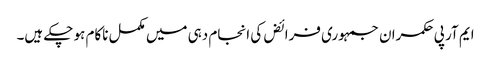
ایم آر پی	حکمران جمہوری فرائض کی انجام دہی میں مکمل ناکام ہو چکے ہیں۔